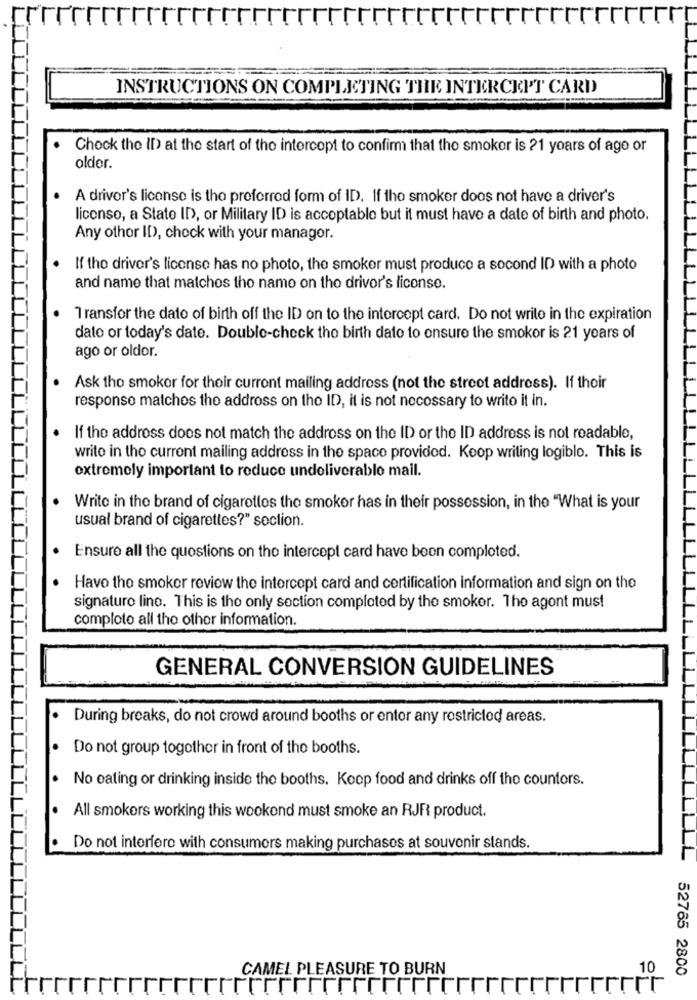
INSTRUCTIONS ON COMPLETING THE INTERCEPT CARD
Check the ID at the start of the intercept to confirm that the smoker is 21 years of age or
older.
A driver's license is the preferred form of ID. If the smoker doos not have a driver's
liconso, a State ID, or Military ID is acceptable but it must have a date of birth and photo.
Any other ID, check with your managor.
If tho driver's license has no photo, the smoker must produce a second ID with a photo
and name that matches the name on the driver's license.
7 ransfor the date of birth off the ID on to the intercept card. Do not write in the expiration
dato or today's date. Double-check the birth date to ensure the smoker is 21 years of
ago or oldor.
Ask tho smoker for their current mailing address (not the street address). If their
response matches the address on the ID, it is not necessary to write it in.
If the address does not match the address on the ID or the ID address is not readable,
write in the current mailing address in the space provided. Koop writing logiblo. This is
extremely important to reduce undeliverable mail.
Write in the brand of cigarettes the smoker has in their possession, in the "What is your
usual brand of cigarettes?" section.
Ensure all the questions on the intercept card have been completed.
Havo the smoker review the intercept card and certification information and sign on the
signature line. This is the only section completed by the smoker. The agent must
comploto all the other information.
GENERAL CONVERSION GUIDELINES
During breaks, do not crowd around booths or entor any restricted areas.
Do not group together in front of the booths.
No eating or drinking inside the booths. Koop food and drinks off the countors.
All smokers working this weekend must smoke an RJR product.
Do not interfere with consumers making purchases at souvenir stands.
L
CAMEL PLEASURE TO BURN
52765 2800